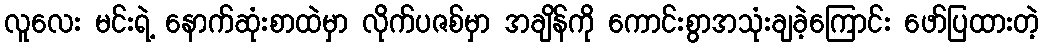
လူလေး မင်းရဲ့ နောက်ဆုံးစာထဲမှာ လိုက်ပဇစ်မှာ အချိန်ကို ကောင်းစွာအသုံးချခဲ့ကြောင်း ဖော်ပြထားတဲ့